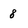
Character: 8